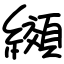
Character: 纐